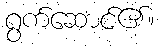
ရွက်ဆောင်၏။